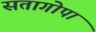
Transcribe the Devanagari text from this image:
सतागोपा